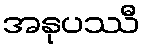
အနုပဿီ